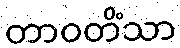
တာဝတိံသာ